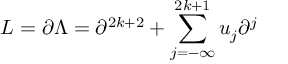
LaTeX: L = \partial \Lambda = \partial ^ { 2 k + 2 } + \sum _ { j = - \infty } ^ { 2 k + 1 } u _ { j } \partial ^ { j }